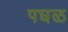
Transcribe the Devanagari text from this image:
पघळ